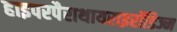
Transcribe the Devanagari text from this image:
हाइपरपैराथायराइरॉडिज्म